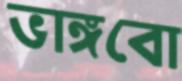
ভাঙ্গবো